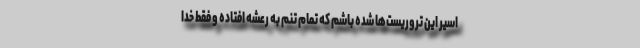
اسیر این تروریست‌ها شده باشم که تمام تنم به رعشه افتاده و فقط خدا